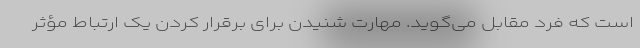
است که فرد مقابل می‌گوید. مهارت شنیدن برای برقرار کردن یک ارتباط مؤثر